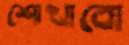
শোখাবো